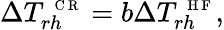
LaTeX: \Delta T_{rh}^{\mathrm{~\scriptsize~C~R~}}=b\Delta T_{rh}^{\mathrm{~\scriptsize~H~F~}},